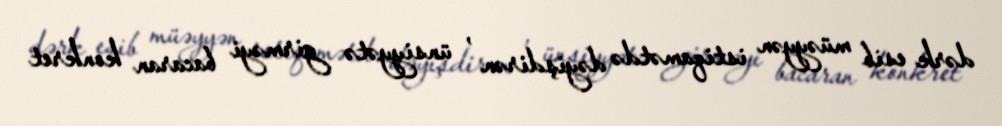
dərk esib müəyyən istiqamətdə dəyişdirən , ünsiyyətə girməyi bacaran konkret